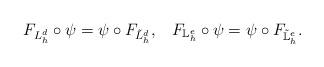
LaTeX: \begin{align*}F_{L^d_h} \circ \psi = \psi \circ F_{\tilde{L}^d_h}, \; \; \; F_{{\mathbb{L}}^{e}_h} \circ \psi = \psi \circ F_{{\mathbb{\tilde{L}}}^{e}_h}.\end{align*}